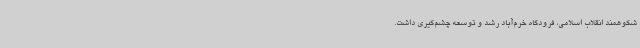
شکوهمند انقلاب اسلامی، فرودگاه خرم‌آباد رشد و توسعه چشم‌گیری داشت.